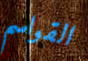
القواسم